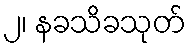
၂၊ နခသိခသုတ်